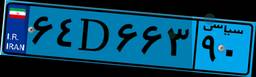
۶۴D۶۶۳۹۰